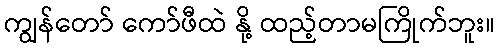
ကျွန်တော် ကော်ဖီထဲ နို့ ထည့်တာမကြိုက်ဘူး။